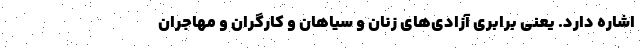
اشاره دارد. یعنی برابری آزادی‌های زنان و سیاهان و کارگران و مهاجران